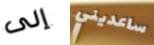
إلى ساعديني